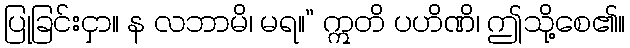
ပြုခြင်းငှာ။ န လဘာမိ၊ မရ။” ဣတိ ပဟိဏိ၊ ဤသို့စေ၏။